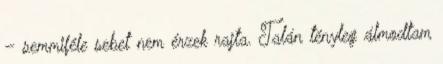
– semmiféle sebet nem érzek rajta. Talán tényleg álmodtam